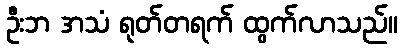
ဦးဘ အသံ ရုတ်တရက် ထွက်လာသည်။